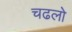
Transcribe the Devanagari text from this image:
चढलो